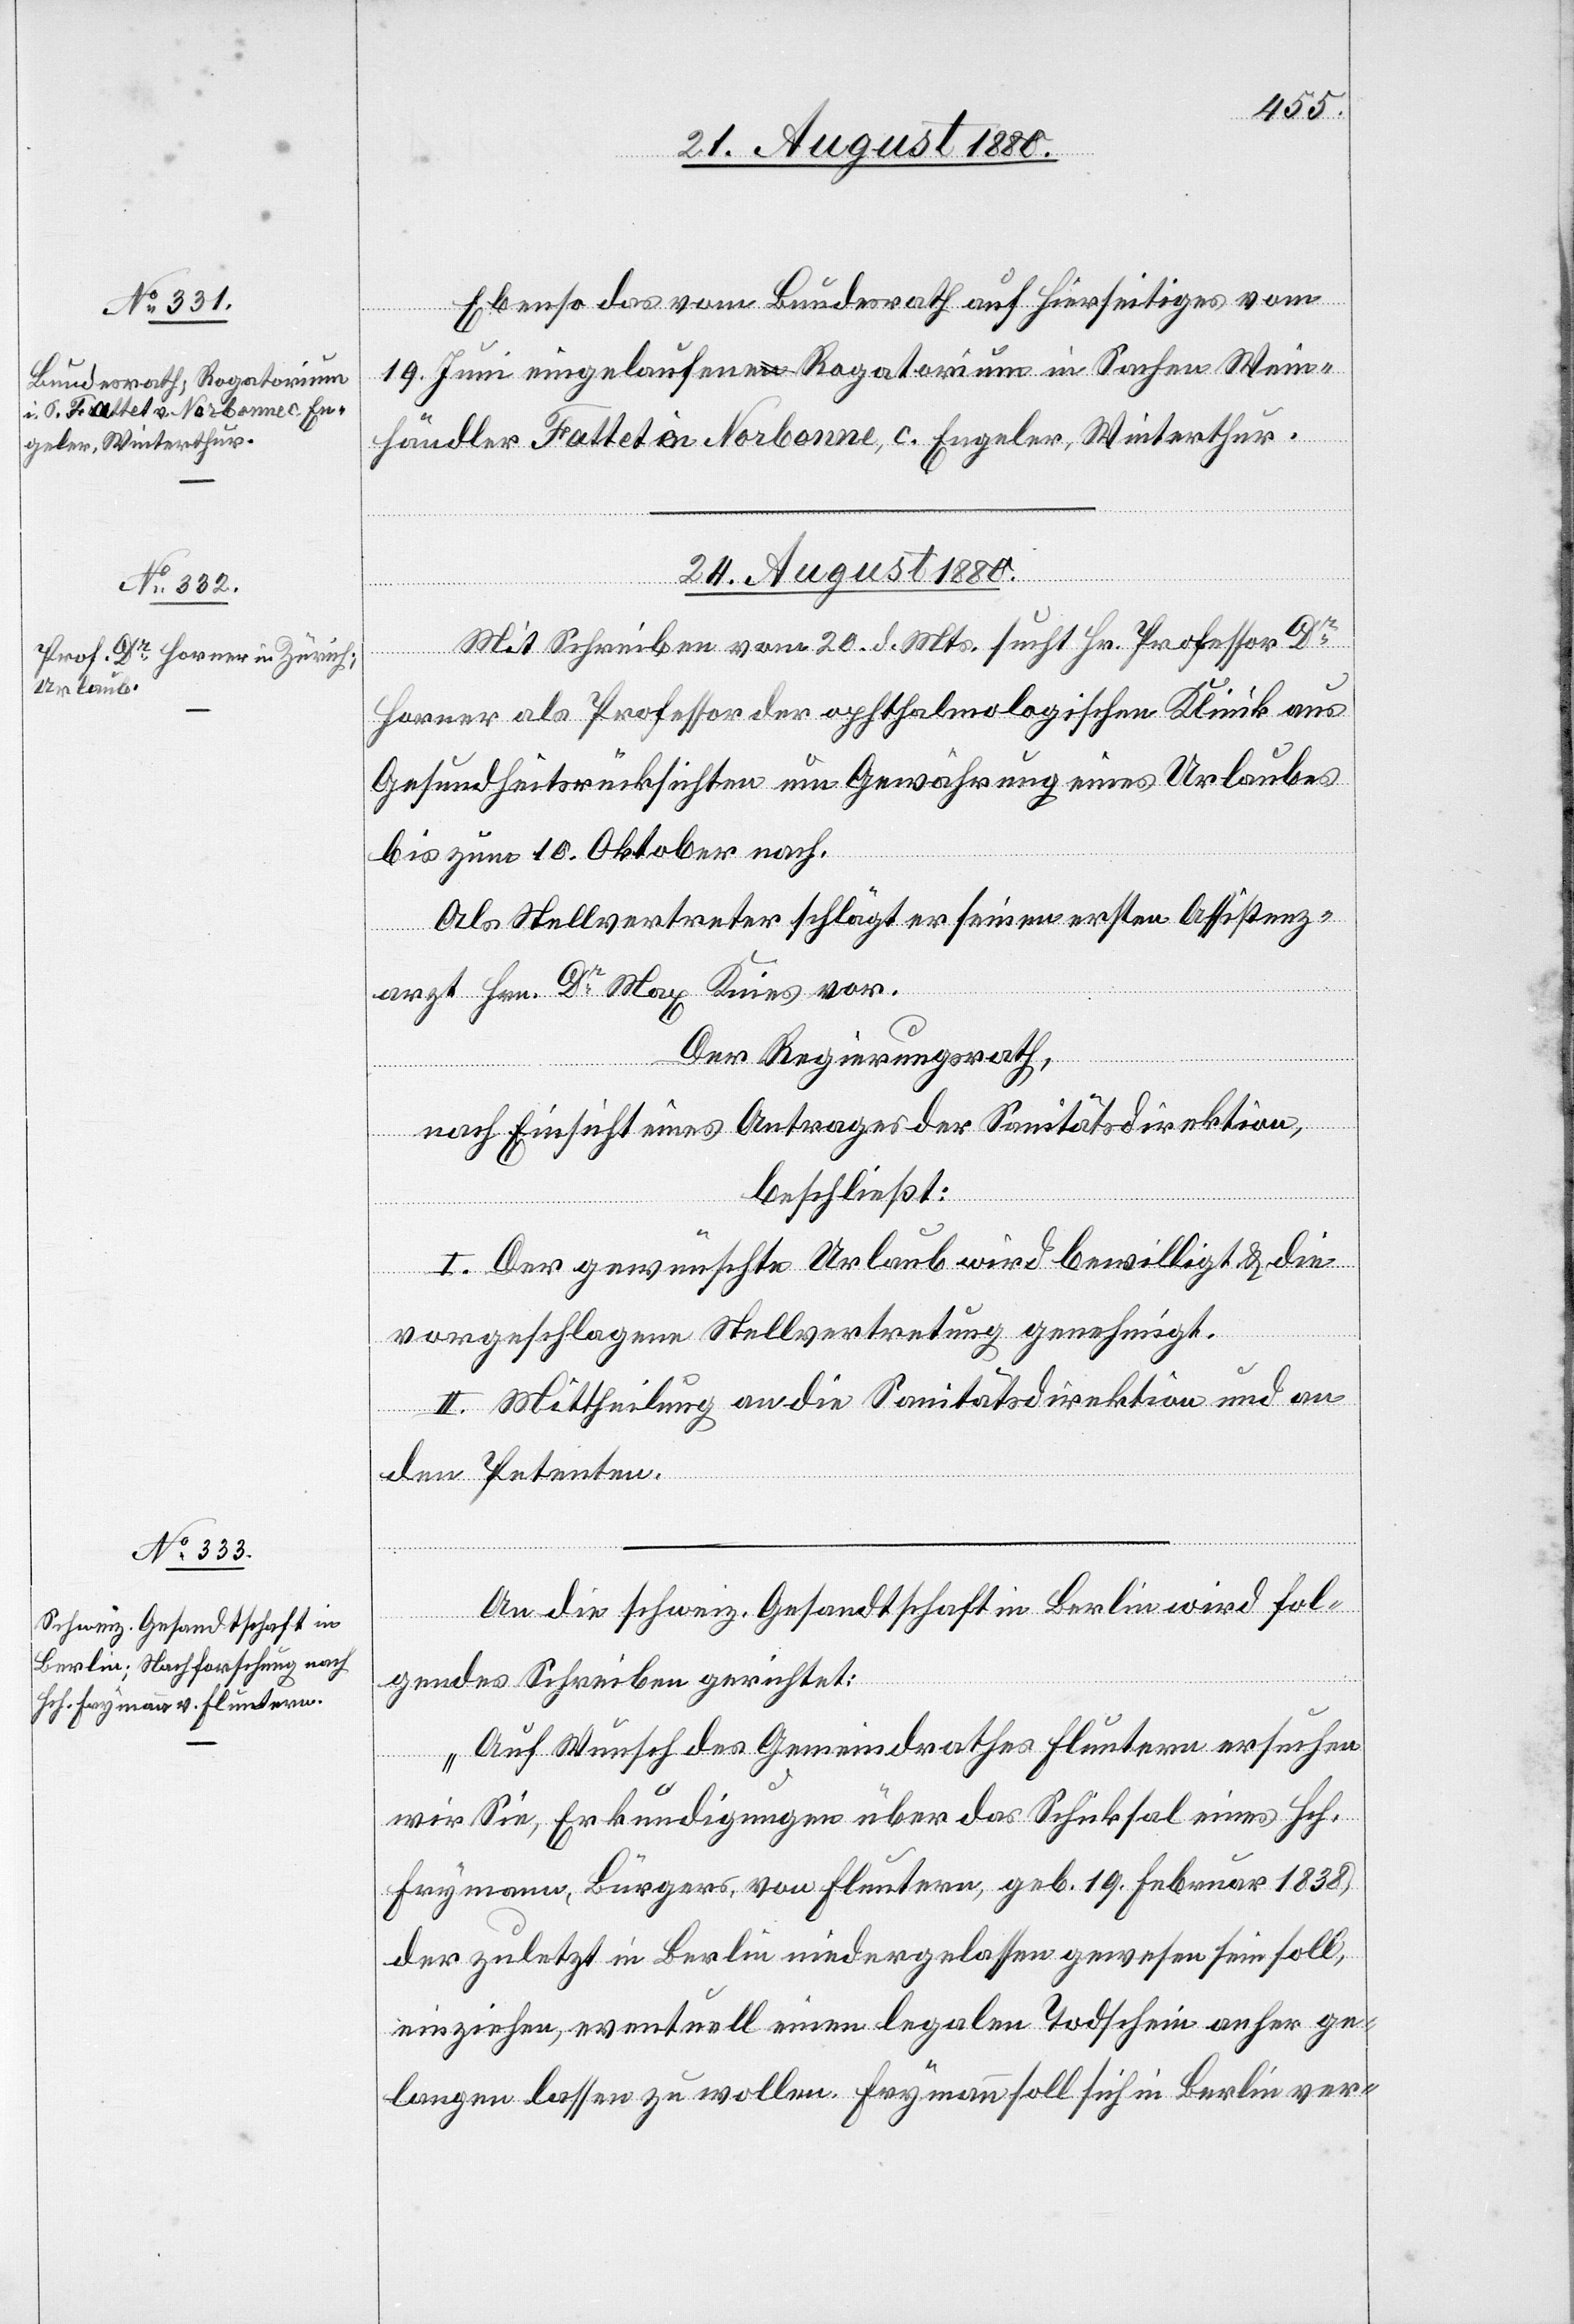
geler, Winterthur.

24. August 1880.]
Ebenso das vom Bundesrath auf hierseitiges vom
19. Juni eingelaufene Rogatorium in Sachen Wein¬
Mit Schreiben vom 20 d. Mts. sucht Hr. Professor Dr.
Horner als Professor der ophthalmologischen Klinik aus
Gesundheitsrücksichten um Gewährung eines Urlaubes
bis zum 10. Oktober nach.
Als Stellvertreter schlägt er seinen ersten Assistenz¬
arzt Hrn. Dr. Max Keins vor.
Der Regierungsrath,
nach Einsicht eines Antrages der Sanitätsdirektion,
beschließt:
I. Der gewünschte Urlaub wird bewilligt & die
vorgeschlagene Stellvertretung genehmigt.
II. Mittheilung an die Sanitätsdirektion und an
den Petenten.
An die schweiz. Gesandtschaft in Berlin wird fol¬
En¬
gendes Schreiben gerichtet:
„Auf Wunsch des Gemeindrathes Fluntern ersuchen
wir Sie, Erkundigungen über das Schicksal eines Hch.
Frymann, Bürgers, von Fluntern, geb. 19. Februar 1838,
der zuletzt in Berlin niedergelassen gewesen sein soll,
einziehen, eventuell einem legalen Todschein anher ge¬
langen lassen zu wollen. Frymann soll sich in Berlin ver-